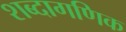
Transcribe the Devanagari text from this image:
शब्दागणिक